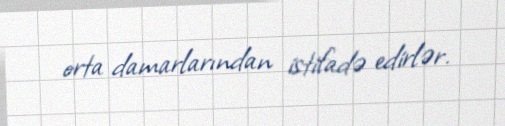
orta damarlarından istifadə edirlər.